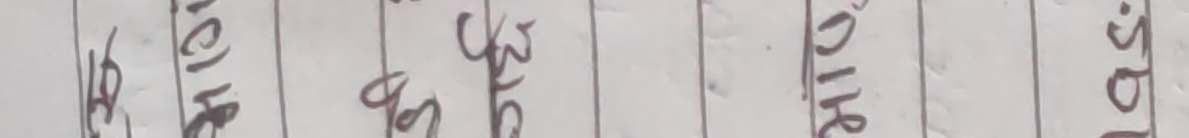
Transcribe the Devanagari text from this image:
हिजो हो कि ? , आज हो , अहिले हो .